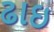
ઢાઇ